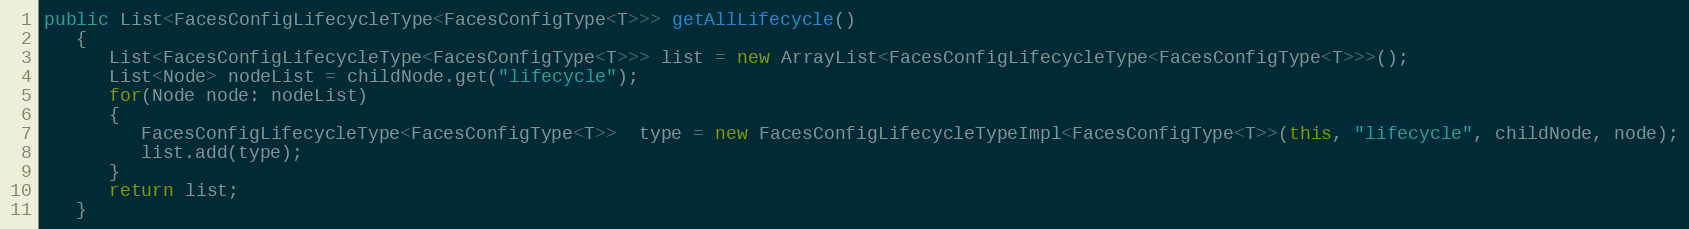
Language: Java
public List<FacesConfigLifecycleType<FacesConfigType<T>>> getAllLifecycle()
   {
      List<FacesConfigLifecycleType<FacesConfigType<T>>> list = new ArrayList<FacesConfigLifecycleType<FacesConfigType<T>>>();
      List<Node> nodeList = childNode.get("lifecycle");
      for(Node node: nodeList)
      {
         FacesConfigLifecycleType<FacesConfigType<T>>  type = new FacesConfigLifecycleTypeImpl<FacesConfigType<T>>(this, "lifecycle", childNode, node);
         list.add(type);
      }
      return list;
   }